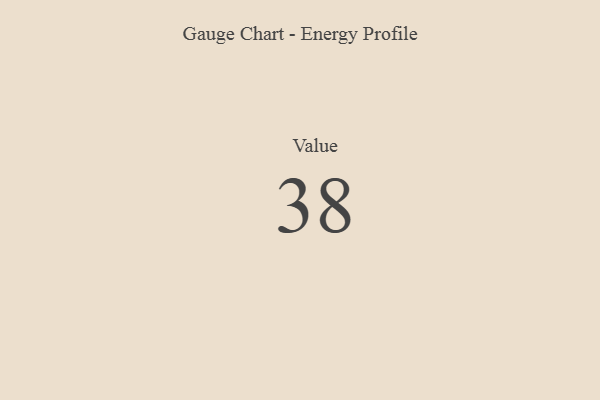
{"axis": {"x": "Metric", "y": "Value"}, "legend": [""], "data": [{"x": "Value", "y": 38, "type": ""}]}